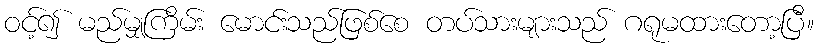
ဝင့်၍ မည်မျှကြိမ်း မောင်းသည်ဖြစ်စေ တပ်သားများသည် ဂရုမထားတော့ပြီ။